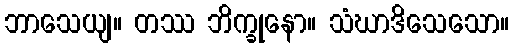
ဘာသေယျ။ တဿ ဘိက္ခုနော။ သံဃာဒိသေသော။